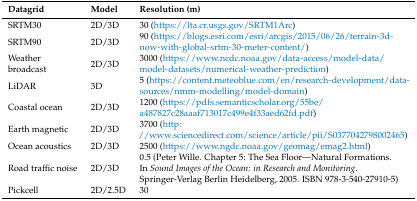
| Datagrid | Model | Resolution (m) |
 | --- | --- | --- |
 | SRTM30 | 2D/3D | 30 (https://lta.cr.usgs.gov/SRTM1Arc) |
 | SRTM90 | 2D/3D | 90 (https://blogs.esri.com/esri/arcgis/2015/06/26/terrain-3d-now-with-global-srtm-30-meter-content/) |
 | Weather broadcast | 2D/3D | 3000 (https://www.ncdc.noaa.gov/data-access/model-data/model-datasets/numerical-weather-prediction) |
 | LiDAR | 3D | 5 (https://content.meteoblue.com/en/research-development/data-sources/nmm-modelling/model-domain) |
 | Coastal ocean | 2D/3D | 1200 (https://pdfs.semanticscholar.org/55be/a487827c28aaaf713017c499e4f33aed62fd.pdf) |
 | Earth magnetic | 2D/3D | 3700 (http://www.sciencedirect.com/science/article/pii/S0377042798002465) |
 | Ocean acoustics | 2D/3D | 2500 (https://www.ngdc.noaa.gov/geomag/emag2.html) |
 |  |  | 0.5 (Peter Wille. Chapter 5: The Sea Floor—Natural Formations. |
 | Road traffic noise | 2D/3D | In Sound Images of the Ocean: in Research and Monitoring. |
 |  |  | Springer-Verlag Berlin Heidelberg, 2005. ISBN 978-3-540-27910-5) |
 | Pickcell | 2D/2.5D | 30 |